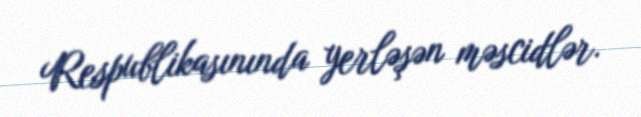
Respublikasınında yerləşən məscidlər.